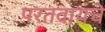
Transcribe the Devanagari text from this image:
परतवायचे